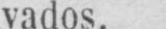
vados.